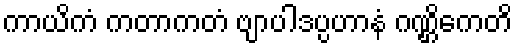
ကာယိကံ ကတာကတံ ဗျာပါဒပ္ပဟာနံ ဂဏ္ဌိကေတိ